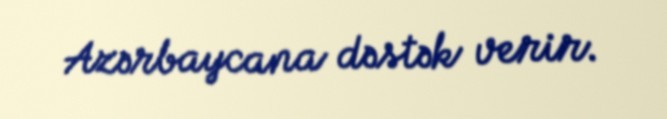
Azərbaycana dəstək verir.